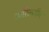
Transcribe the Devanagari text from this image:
शारिल्जीन